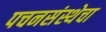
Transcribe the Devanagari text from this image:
पचनसंस्थेचा